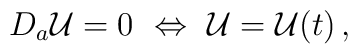
D_a{\cal U}=0 ~ \Leftrightarrow ~ {\cal U}={\cal U}(t)\,,